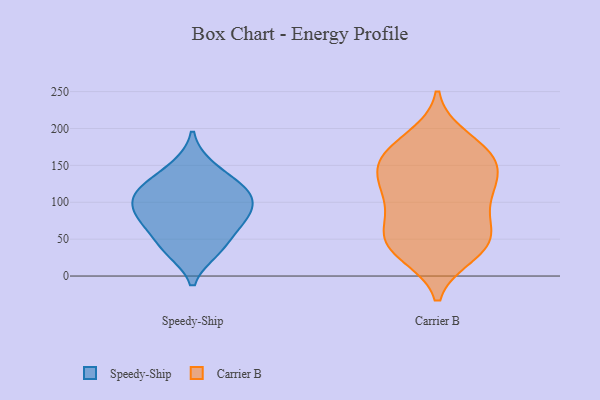
{"axis": {"x": "Budget (USD K)", "y": "Value"}, "legend": ["Carrier B", "Speedy-Ship"], "data": [{"x": "", "y": 113, "type": "Speedy-Ship"}, {"x": "", "y": 34, "type": "Speedy-Ship"}, {"x": "", "y": 120, "type": "Speedy-Ship"}, {"x": "", "y": 149, "type": "Speedy-Ship"}, {"x": "", "y": 117, "type": "Speedy-Ship"}, {"x": "", "y": 40, "type": "Speedy-Ship"}, {"x": "", "y": 70, "type": "Speedy-Ship"}, {"x": "", "y": 79, "type": "Speedy-Ship"}, {"x": "", "y": 82, "type": "Speedy-Ship"}, {"x": "", "y": 98, "type": "Speedy-Ship"}, {"x": "", "y": 109, "type": "Carrier B"}, {"x": "", "y": 168, "type": "Carrier B"}, {"x": "", "y": 155, "type": "Carrier B"}, {"x": "", "y": 172, "type": "Carrier B"}, {"x": "", "y": 101, "type": "Carrier B"}, {"x": "", "y": 45, "type": "Carrier B"}, {"x": "", "y": 163, "type": "Carrier B"}, {"x": "", "y": 136, "type": "Carrier B"}, {"x": "", "y": 139, "type": "Carrier B"}, {"x": "", "y": 133, "type": "Carrier B"}, {"x": "", "y": 56, "type": "Carrier B"}, {"x": "", "y": 40, "type": "Carrier B"}, {"x": "", "y": 56, "type": "Carrier B"}, {"x": "", "y": 36, "type": "Carrier B"}, {"x": "", "y": 187, "type": "Carrier B"}, {"x": "", "y": 106, "type": "Carrier B"}, {"x": "", "y": 76, "type": "Carrier B"}, {"x": "", "y": 30, "type": "Carrier B"}]}